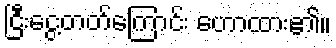
ငြီးငွေ့တတ်ကြောင်း ဟောထား၏။